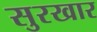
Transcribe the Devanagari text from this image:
सुरखार